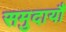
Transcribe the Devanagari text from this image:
समुदायौं